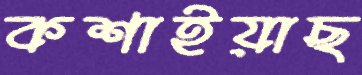
কশাইয়াছ